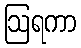
ဩရကာ